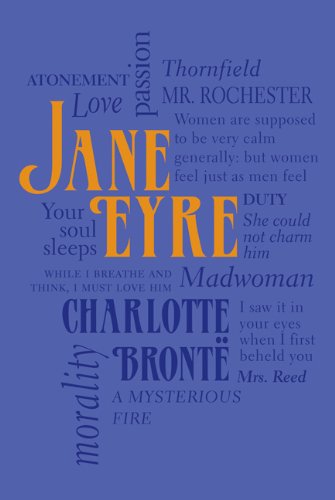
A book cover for Jane Eyre (Word Cloud Classics); Charlotte BrontÃ«; Literature & Fiction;